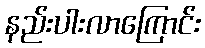
နည်းပါးလာကြောင်း